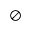
\oslash